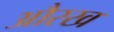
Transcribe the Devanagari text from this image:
औरख